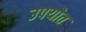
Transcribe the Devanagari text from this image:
उपयोत